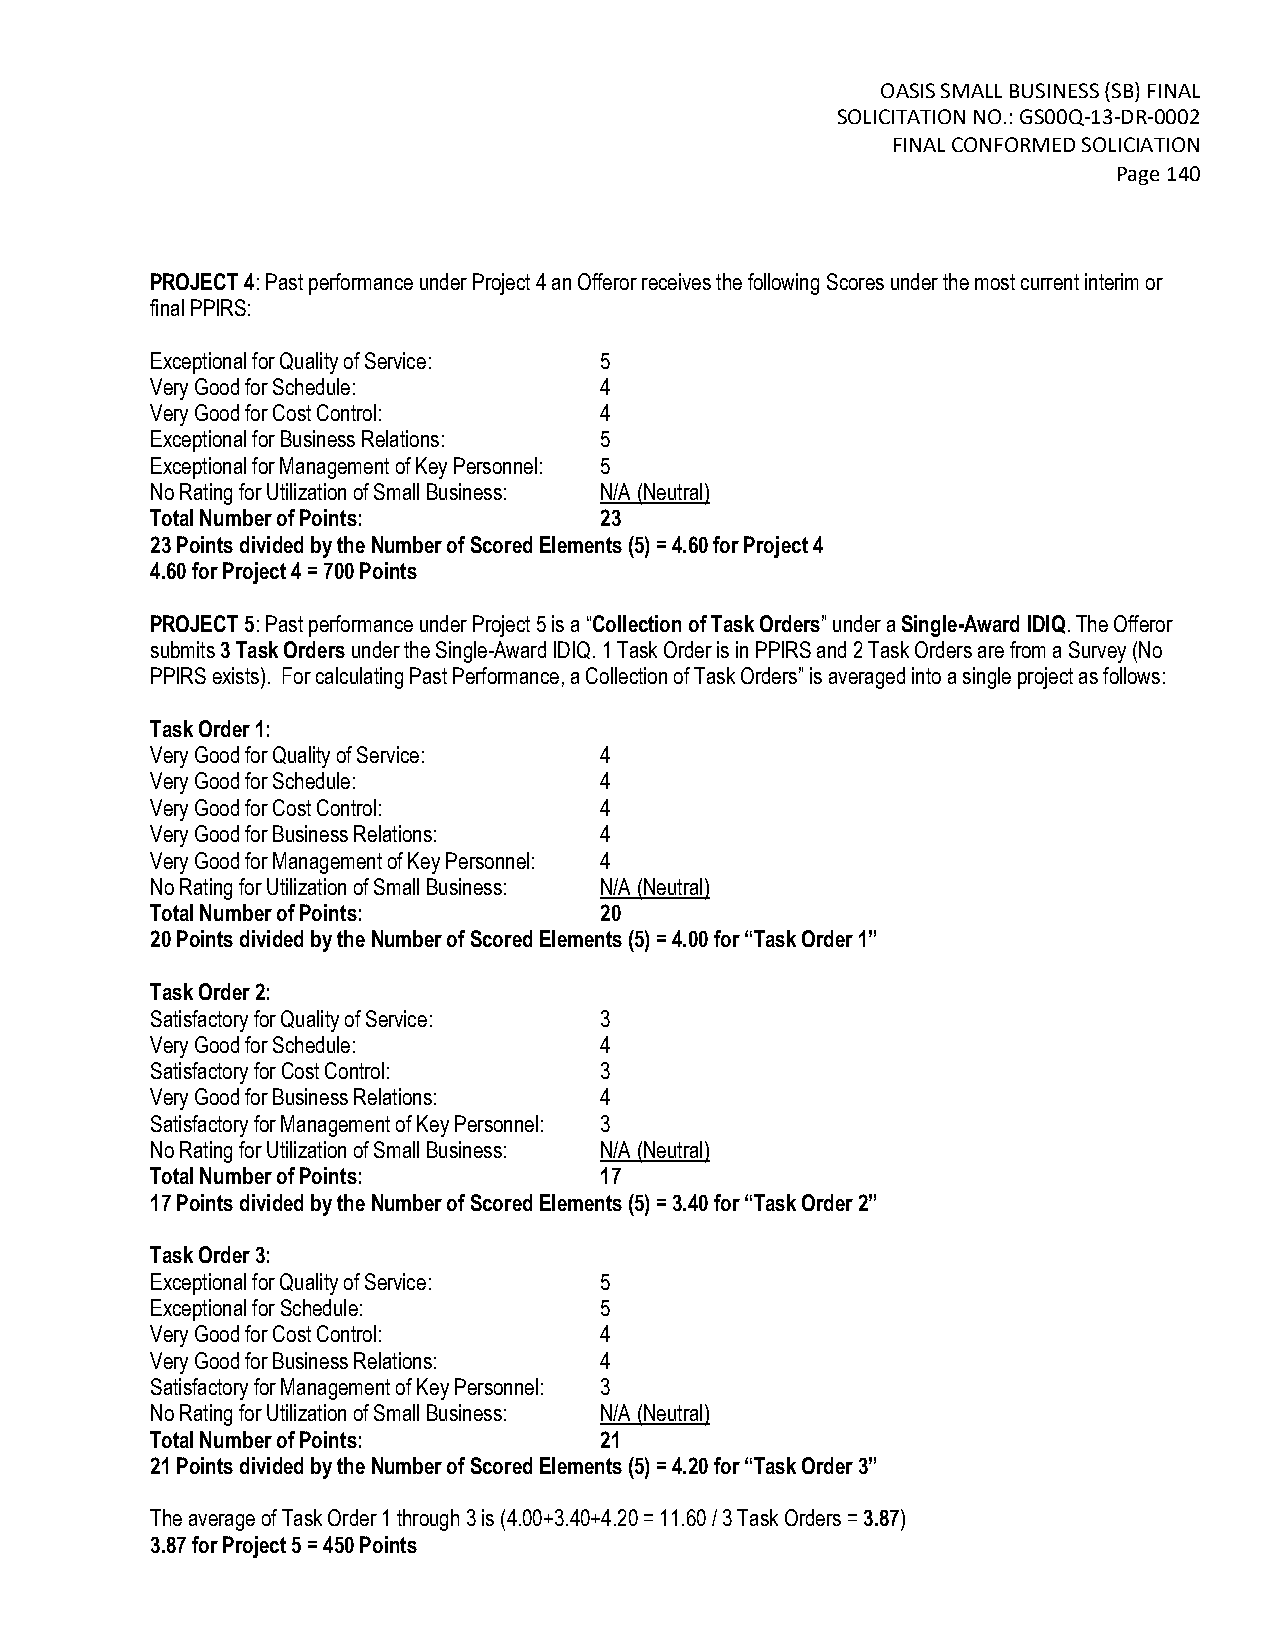
OASIS SMALL BUSINESS (SB) FINAL
 SOLICITATION NO.: GS00Q-13-DR-0002
 FINAL CONFORMED SOLICIATION
 Page 140
 PROJECT 4: Past performance under Project 4 an Offeror receives the following Scores under the most current interim or
 final PPIRS:
 Exceptional for Quality of Service: 5
 Very Good for Schedule:       4
 Very Good for Cost Control:   4
 Exceptional for Business Relations: 5
 Exceptional for Management of Key Personnel: 5
 No Rating for Utilization of Small Business: N/A (Neutral)
 Total Number of Points:       23
 23 Points divided by the Number of Scored Elements (5) = 4.60 for Project 4
 4.60 for Project 4 = 700 Points
 PROJECT 5: Past performance under Project 5 is a “Collection of Task Orders” under a Single-Award IDIQ. The Offeror
 submits 3 Task Orders under the Single-Award IDIQ. 1 Task Order is in PPIRS and 2 Task Orders are from a Survey (No
 PPIRS exists). For calculating Past Performance, a Collection of Task Orders” is averaged into a single project as follows:
 Task Order 1:
 Very Good for Quality of Service: 4
 Very Good for Schedule:       4
 Very Good for Cost Control:   4
 Very Good for Business Relations: 4
 Very Good for Management of Key Personnel: 4
 No Rating for Utilization of Small Business: N/A (Neutral)
 Total Number of Points:       20
 20 Points divided by the Number of Scored Elements (5) = 4.00 for “Task Order 1”
 Task Order 2:
 Satisfactory for Quality of Service: 3
 Very Good for Schedule:       4
 Satisfactory for Cost Control: 3
 Very Good for Business Relations: 4
 Satisfactory for Management of Key Personnel: 3
 No Rating for Utilization of Small Business: N/A (Neutral)
 Total Number of Points:       17
 17 Points divided by the Number of Scored Elements (5) = 3.40 for “Task Order 2”
 Task Order 3:
 Exceptional for Quality of Service: 5
 Exceptional for Schedule:     5
 Very Good for Cost Control:   4
 Very Good for Business Relations: 4
 Satisfactory for Management of Key Personnel: 3
 No Rating for Utilization of Small Business: N/A (Neutral)
 Total Number of Points:       21
 21 Points divided by the Number of Scored Elements (5) = 4.20 for “Task Order 3”
 The average of Task Order 1 through 3 is (4.00+3.40+4.20 = 11.60 / 3 Task Orders = 3.87)
 3.87 for Project 5 = 450 Points